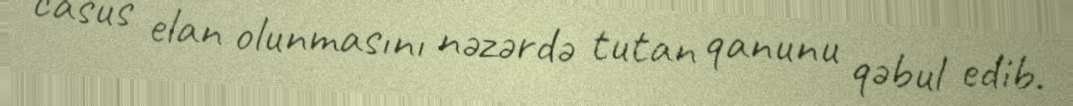
casus elan olunmasını nəzərdə tutan qanunu qəbul edib.